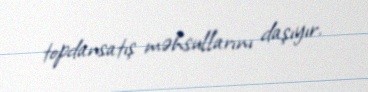
topdansatış məhsullarını daşıyır.